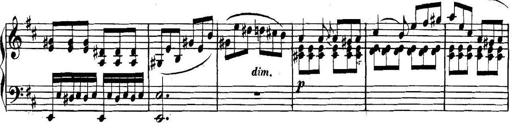
Title: Collected Piano Sonatas
Composer: Muzio Clementi